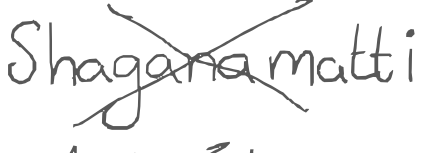
Text: Shaganamatti
Cross-out: mix
Writing tool: digital_gray